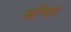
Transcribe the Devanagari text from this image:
संचिद